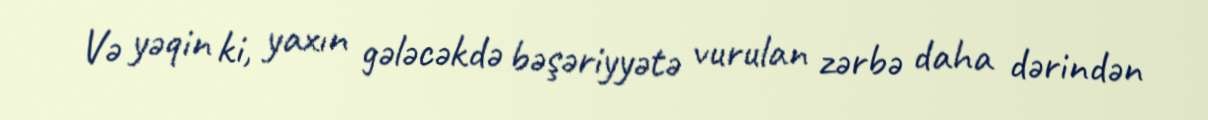
Və yəqin ki, yaxın gələcəkdə bəşəriyyətə vurulan zərbə daha dərindən